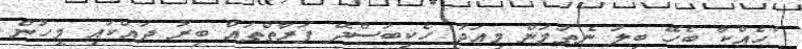
"ހެއްކާ ބެހޭ ބިލު ނެތުމުން މިއަދު ހެކިބަސްދޭ ފަރާތްތައް ބިރު ދައްކައި މީހުން